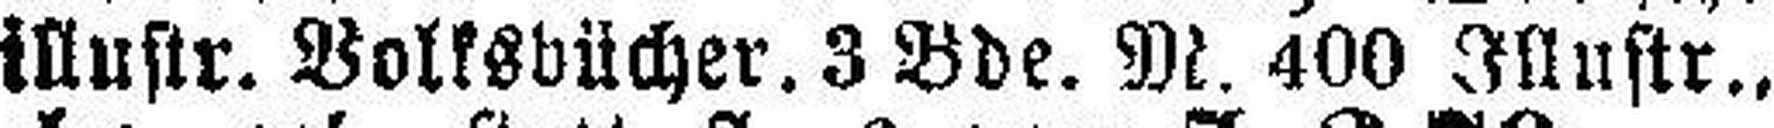
illustr. Volksbücher, 3 Bde. M. 400 Illustr.,